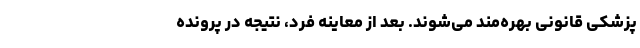
پزشکی قانونی بهره‌مند می‌شوند. بعد از معاینه فرد، نتیجه در پرونده